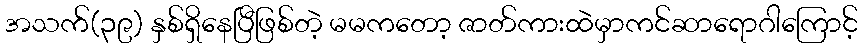
အသက်(၃၉) နှစ်ရှိနေပြီဖြစ်တဲ့ မမကတော့ ဇာတ်ကားထဲမှာကင်ဆာရောဂါကြောင့်